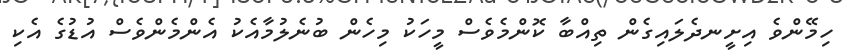
ހިމޭންވެ އިށީނދެލައިގެން ތިއްބާ ކޮންމެވެސް މީހަކު މިހެން ބުނެލުމާއެކު އެންމެންވެސް އުޑުގެ އެކި